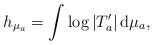
LaTeX: \begin{align*} h_{\mu_a} = \int \log |T_a'| \, \mathrm{d} \mu_a,\end{align*}